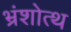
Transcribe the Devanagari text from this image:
भ्रंशोत्थ